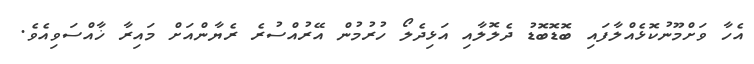
އެހާ ވަށްމޫނުކޮޅެއްލާފައި ބޮޑޮބޮޑު ދެލޮލާއި އަޅިދެލޯ ހުރުމުން އޭރުއްސުރެ ރެޔާންއަށް މައިރާ ޚާއްސަވިއެވެ.